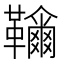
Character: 𩍲